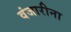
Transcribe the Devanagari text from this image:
वंजारीना